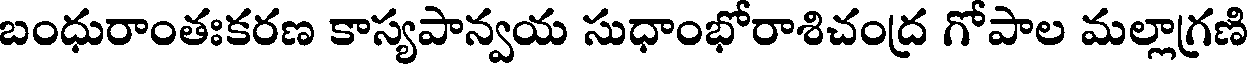
బంధురాంతఃకరణ కాస్యపాన్వయ సుధాంభోరాశిచంద్ర గోపాల మల్లాగ్రణి